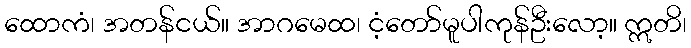
ထောကံ၊ အတန်ငယ်။ အာဂမေထ၊ ငံ့တော်မူပါကုန်ဦးလော့။ ဣတိ၊